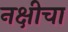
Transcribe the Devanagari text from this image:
नक्षीचा